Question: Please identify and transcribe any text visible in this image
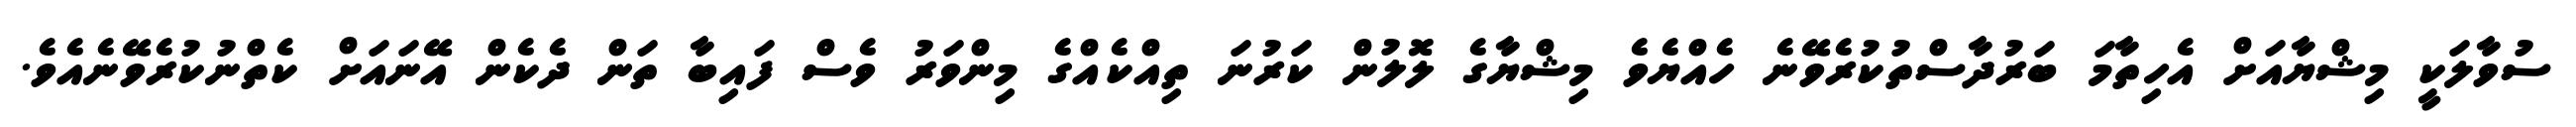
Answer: ސުވާލަކީ މިޝްޔާއަށް އެހިތާމަ ބަރުދާސްތުކުރެވޭނެ ހެއްޔެވެ މިޝްޔާގެ ލޮލުން ކަރުނަ ތިއްކެއްގެ މިންވަރު ވެސް ފައިބާ ތަން ދެކެން އޭނައަށް ކެތްނުކުރެވޭނެއެވެ.